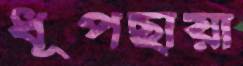
ধূপছায়া